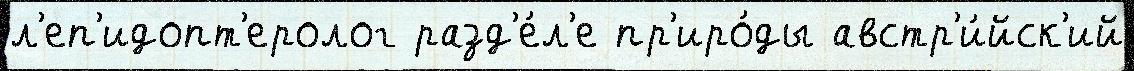
л'еп'идопт'еролог разд'е́л'е пр'иро́ды австр'и́йск'ий